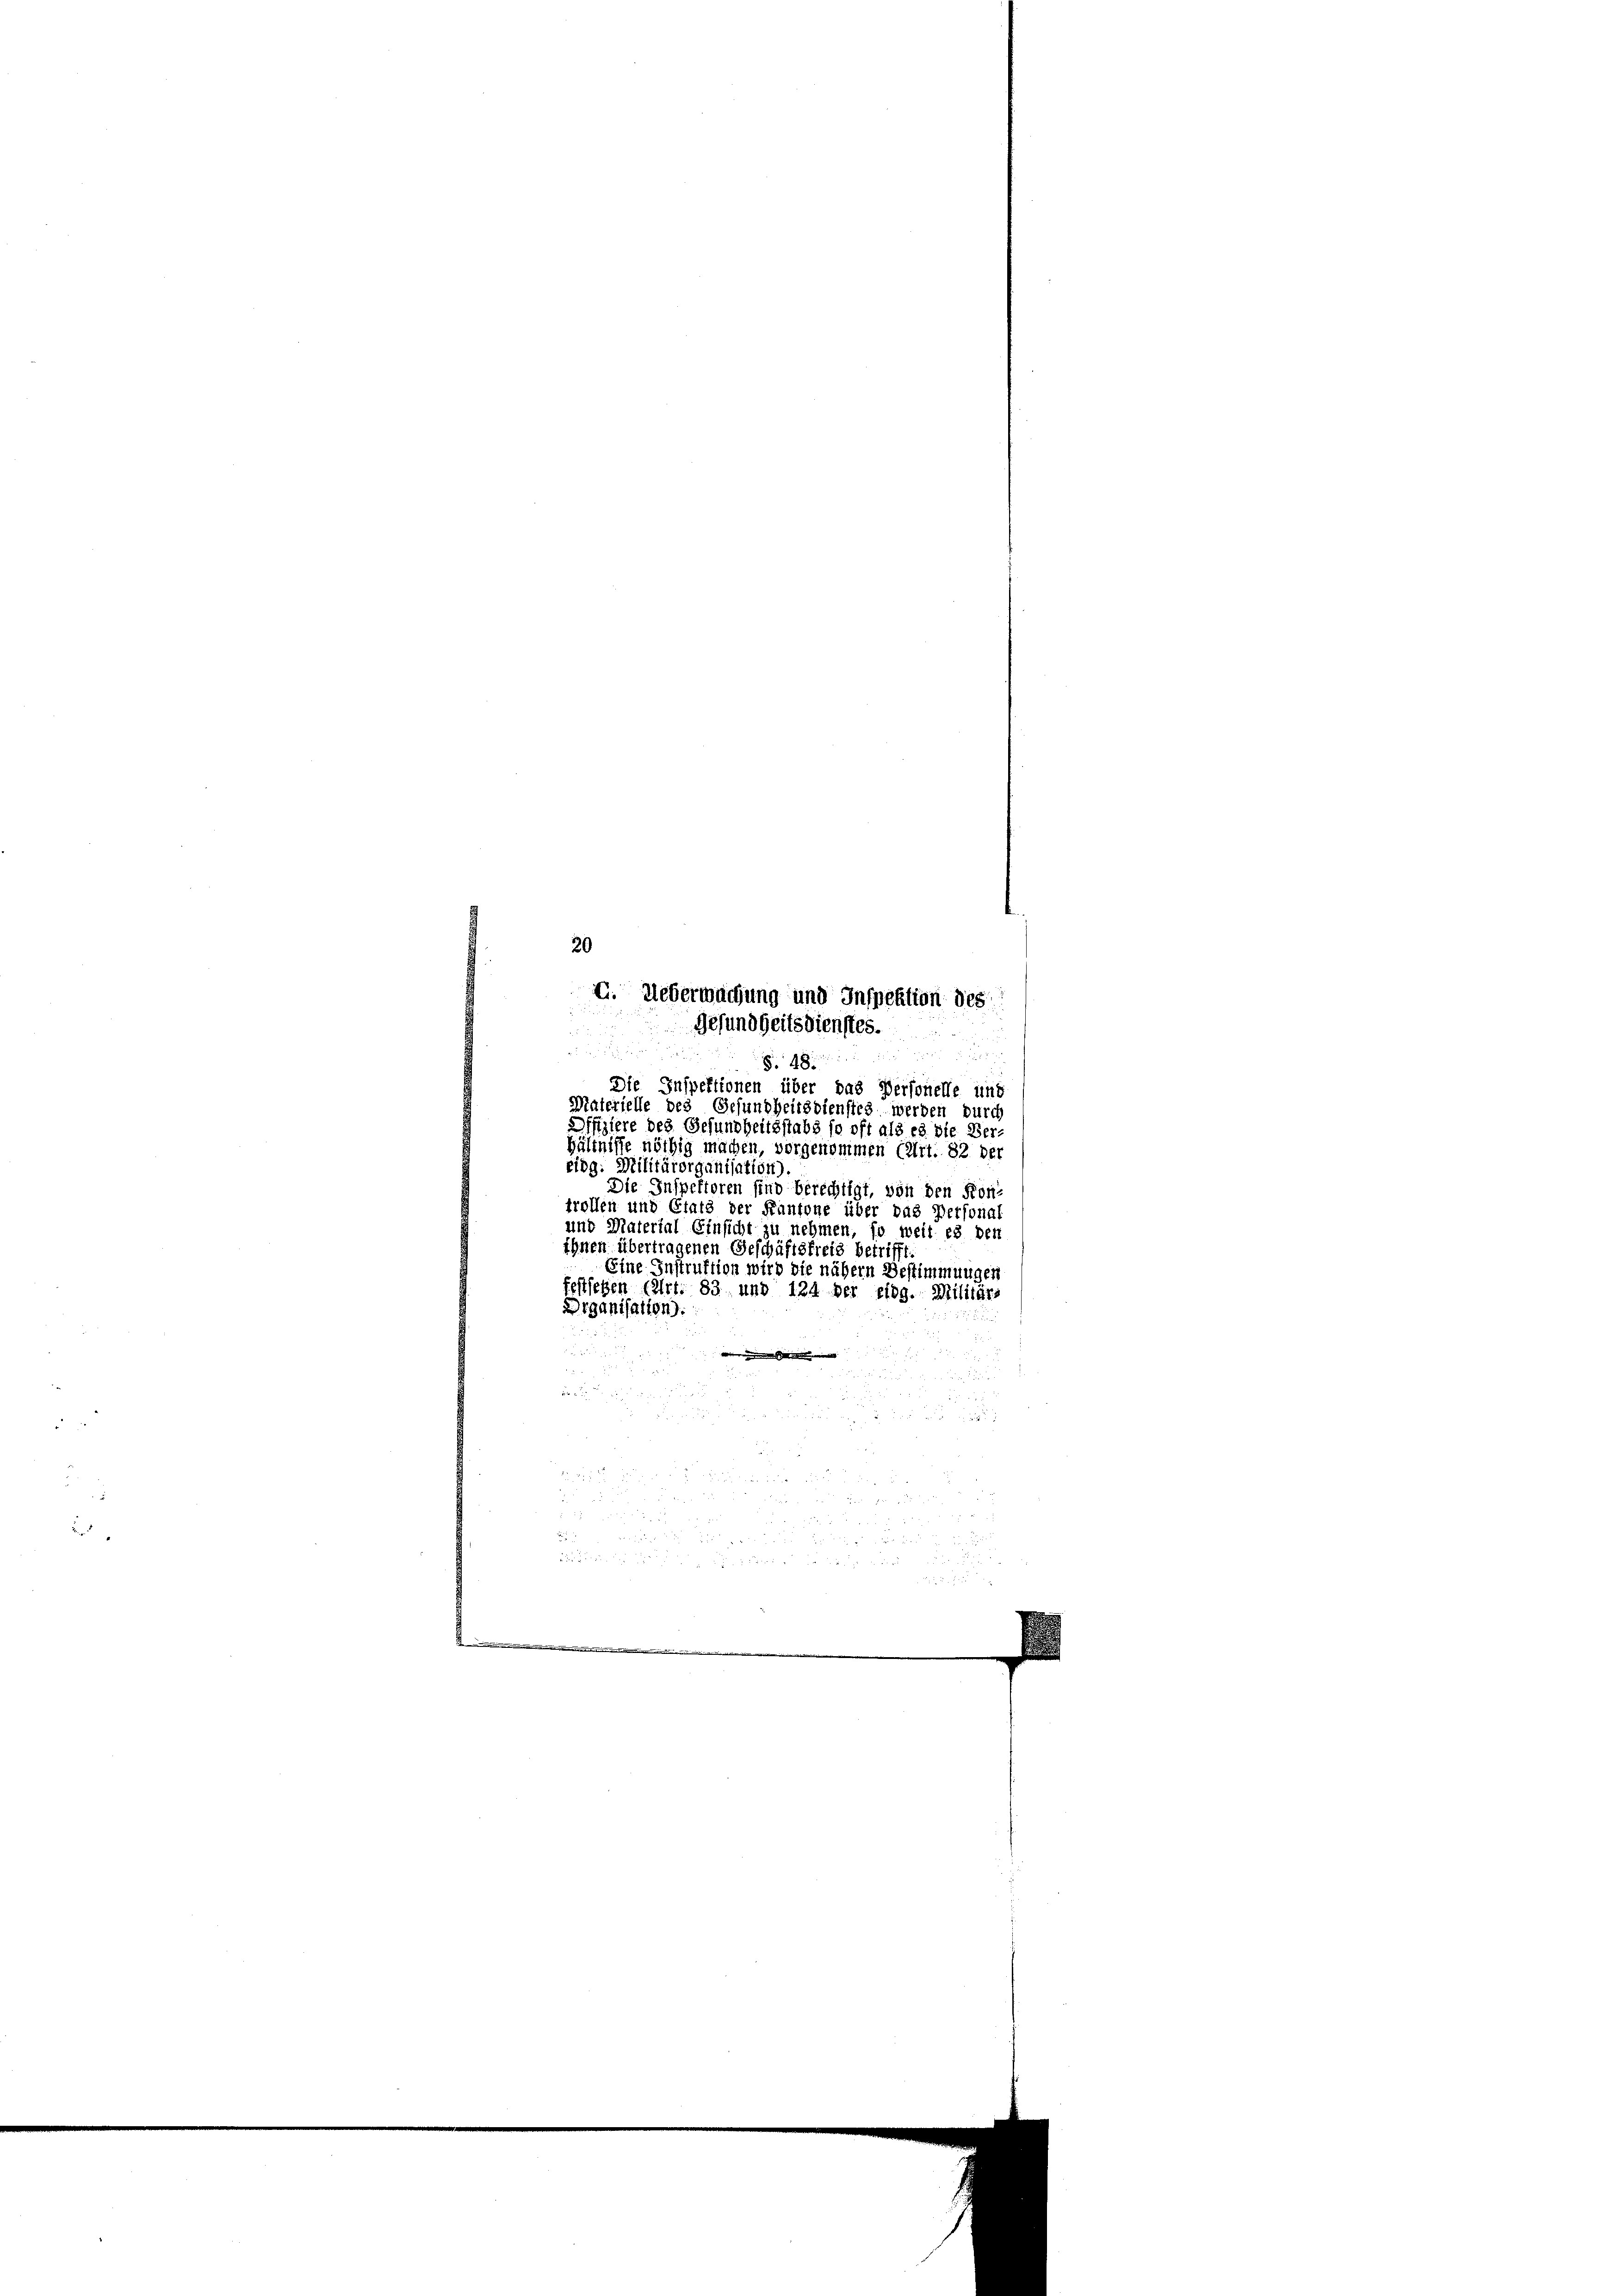
d
Eier geladen und und wurde
Die Inspektionen über das Personelle und
Materielle des Gesundheitsdienstes werden durch
Difiziere des Gesundheitsstabs so oft als es die Ver-
hältnisse nöthig machen, vorgenommen (Art. 82 der
Eidg. Militärorganisation)
Die Inspektoren sind berechtigt, von den For-
trollen und Etats der Kantone über das Personal
und Material Einsicht zu nehmen, so weit es den
ihnen übertragenen Geschäftsfreis betriff
Eine Instruktion wird die nähern Bestimmungen
festiegen (Art. 83 und 124 der eidg. Militärs
Drganisation).
weid mit |
.
n

8 15 x 12 x
.
 1
u

.
 5

22
 x

20
E. Ueberwachung und Inspektion des
Gesundheitsdienstes.